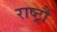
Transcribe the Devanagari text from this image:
राष्ट्रौं